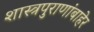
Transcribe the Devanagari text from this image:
शास्त्रपुराणांबाहेर